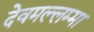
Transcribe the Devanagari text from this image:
देवमल्लम्मा